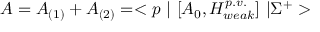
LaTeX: A = A _ { ( 1 ) } + A _ { ( 2 ) } = < p ~ | ~ [ A _ { 0 } , H _ { w e a k } ^ { p . v . } ] ~ | \Sigma ^ { + } >